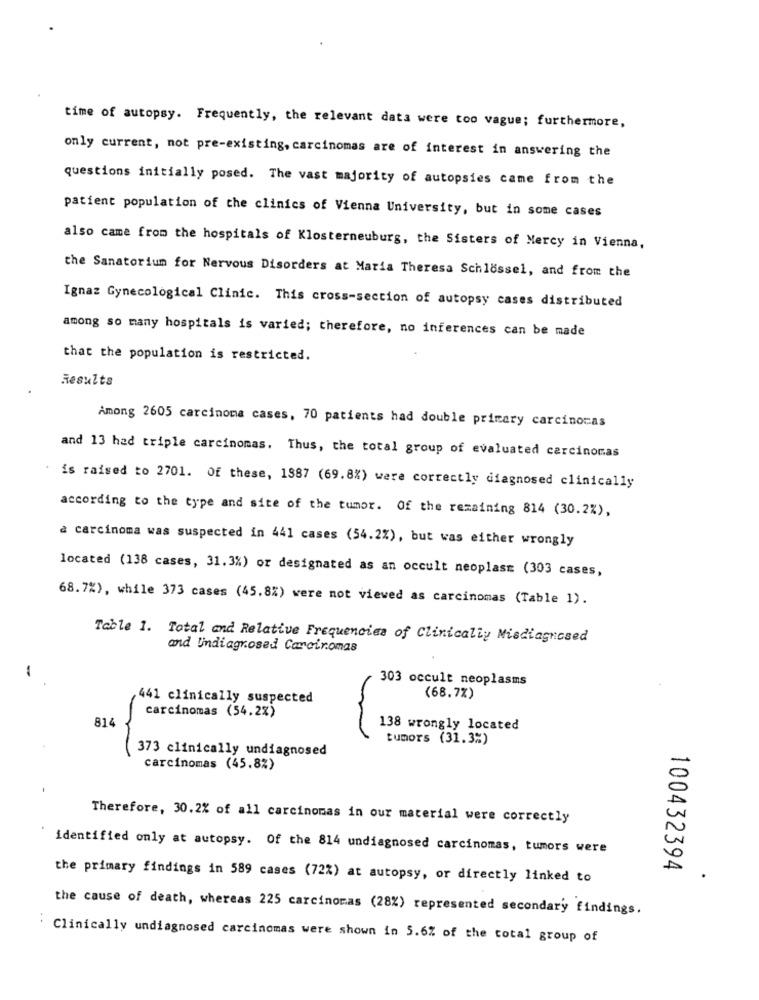
time of autopsy. Frequently, the relevant data were too vague; furthermore,
only current, not pre-existing, carcinomas are of interest in answering the
questions initially posed. The vast majority of autopsies came from the
patient population of the clinics of Vienna University, but in some cases
also came from the hospitals of Klosterneuburg, the Sisters of Mercy in Vienna,
the Sanatorium for Nervous Disorders at Maria Theresa Schlossel, and from the
Ignaz Gynecological Clinic. This cross-section of autopsy cases distributed
among so many hospitals is varied; therefore, no inferences can be made
that the population is restricted.
Results
Among 2605 carcinoma cases, 70 patients had double primary carcinoras
and 13 had triple carcinomas. Thus, the total group of evaluated carcinomas
is raised to 2701. Of these, 1887 (69.8%) were correctly diagnosed clinically
according to the type and site of the tumor. Of the remaining 814 (30.2%),
à carcinoma was suspected in 441 cases (54.2%), but was either wrongly
located (138 cases, 31.3%) or designated as an occult neoplasm (303 cases,
68.7%), while 373 cases (45.8%) were not viewed as carcinomas (Table 1).
Table 1. Total and Relative Frequencies of Clinically Misdiagnosed
and Undiagnosed Carair.omas
-
303 occult neoplasms
441 clinically suspected
(68.7%)
carcinomas (54.2%)
814
138 wrongly located
tumors (31.3%)
-
373 clinically undiagnosed
carcinomas (45.8%)
Therefore, 30.2% of all carcinomas in our material were correctly
identified only at autopsy. Of the 814 undiagnosed carcinomas, tumors were
100432394
the primary findings in 589 cases (72%) at autopsy, or directly linked to
the cause of death, whereas 225 carcinomas (28%) represented secondary findings.
Clinically undiagnosed carcinomas were shown in 5.6% of the total group of